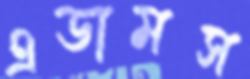
এডামস